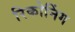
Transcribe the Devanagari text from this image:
रिकोनिंग